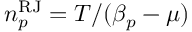
n _ { p } ^ { \mathrm { R J } } = T / ( \beta _ { p } - \mu )